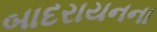
બાદરાયનના